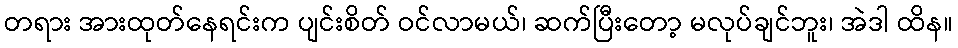
တရား အားထုတ်နေရင်းက ပျင်းစိတ် ဝင်လာမယ်၊ ဆက်ပြီးတော့ မလုပ်ချင်ဘူး၊ အဲဒါ ထိန။